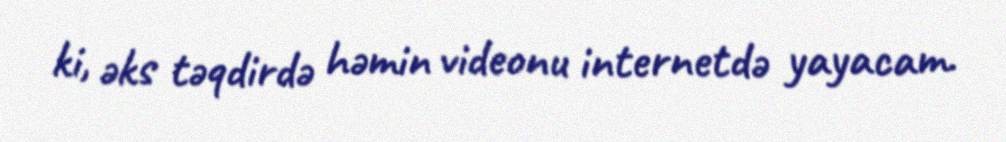
ki, əks təqdirdə həmin videonu internetdə yayacam.